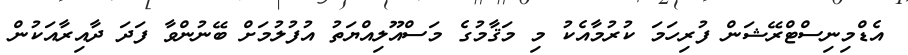
އެޑްމިނިސްޓްރޭޝަން ފުރިހަމަ ކުރުމާއެކު މި މަޤާމުގެ މަސްއޫލިއްޔަތު އުފުލުމަށް ބޭނުންވާ ފަދަ ދާއިރާއަކުން